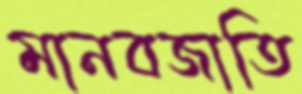
মানবজাতি